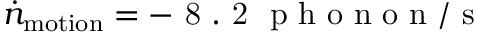
\begin{array} { r } { \dot { n } _ { \mathrm { m o t i o n } } = - \mathrm { ~ 8 ~ . ~ 2 ~ } \mathrm { ~ p ~ h ~ o ~ n ~ o ~ n ~ } / \mathrm { ~ s ~ } } \end{array}